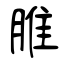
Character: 脽